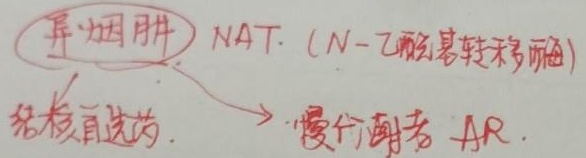
(异烟肼) NAT（\(N\)-乙酰基转移酶），结核首选药。\(\rightarrow\) 慢代谢者 AR。